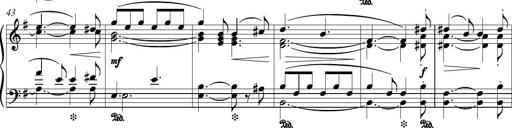
Title: Piano Sonatina in G major
Composer: Johan Peter Emilius Hartmann
Key: G major